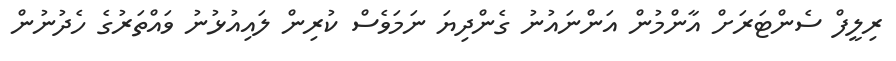
ރިލީފް ސެންޓަރަށް އާންމުން އަންނައުނު ގެންދިޔަ ނަމަވެސް ކުރިން ލައިއުޅުނު ވައްތަރުގެ ހެދުނުން